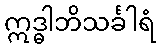
ဣဒ္ဓါဘိသင်္ခါရံ